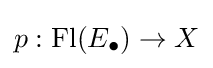
p:\operatorname {Fl} (E_{\bullet })\to X